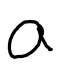
Text: a
Cross-out: clean
Writing tool: digital_black